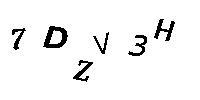
7DZV3H